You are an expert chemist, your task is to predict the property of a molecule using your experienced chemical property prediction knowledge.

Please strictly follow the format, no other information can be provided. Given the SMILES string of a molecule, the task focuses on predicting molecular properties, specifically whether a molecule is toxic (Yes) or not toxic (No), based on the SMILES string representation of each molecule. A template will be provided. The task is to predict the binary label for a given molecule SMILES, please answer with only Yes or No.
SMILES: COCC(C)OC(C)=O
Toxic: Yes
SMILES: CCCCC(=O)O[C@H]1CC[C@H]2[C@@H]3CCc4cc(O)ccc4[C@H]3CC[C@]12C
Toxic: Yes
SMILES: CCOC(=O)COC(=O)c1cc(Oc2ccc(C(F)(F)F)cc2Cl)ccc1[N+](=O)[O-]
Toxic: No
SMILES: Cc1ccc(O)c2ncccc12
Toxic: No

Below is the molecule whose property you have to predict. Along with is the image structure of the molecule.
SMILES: Nc1c(Br)cc([N+](=O)[O-])cc1[N+](=O)[O-]
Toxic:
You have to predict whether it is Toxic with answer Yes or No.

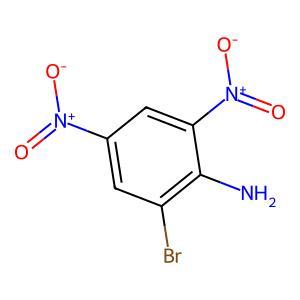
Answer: No